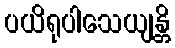
ပယိရုပါသေယျန္တိ